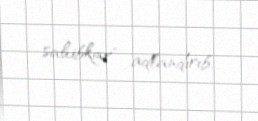
sahibkar" adlandırıb.